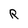
Character: R